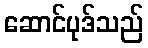
ဆောင်ပုဒ်သည်